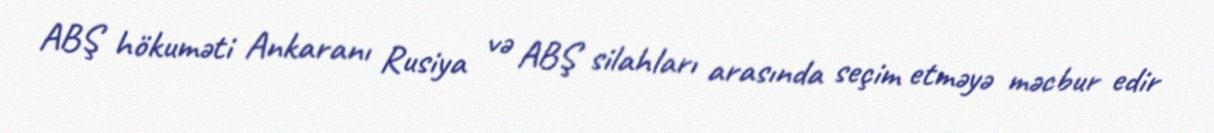
ABŞ hökuməti Ankaranı Rusiya və ABŞ silahları arasında seçim etməyə məcbur edir